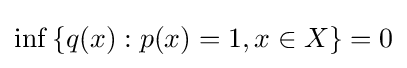
\inf {}\{q(x):p(x)=1,x\in X\}=0